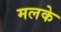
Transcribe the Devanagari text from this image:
मलके